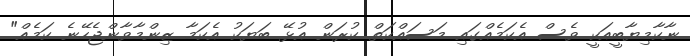
ނާކާމިޔާބީއަކީ ވެސް އެކަމެއްގައި މަސައްކަތް ކުރަން އުޅޭ ބަޔަކު އެކަމާ ޒިންމާވާންޖެހޭނެ ކަމެއް"